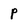
Character: p